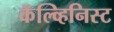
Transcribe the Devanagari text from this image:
कॅल्व्हिनिस्ट